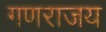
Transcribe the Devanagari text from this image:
गणराजय